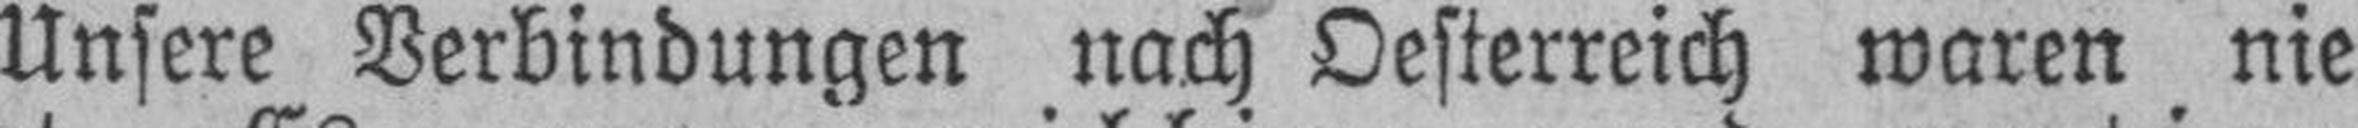
Unsere Verbindungen nach Oesterreich waren nie